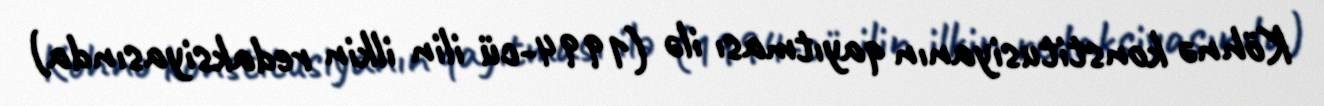
Köhnə konstitusiyanın qayıtması ilə (1994-cü ilin ilkin redaksiyasında)